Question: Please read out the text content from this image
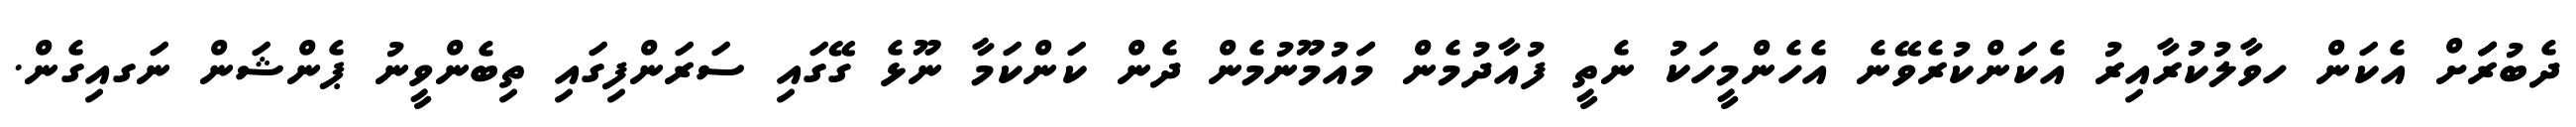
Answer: ދެބުރަަަށް އެކަން ހވާލުކުރާއިރު އެކަންކުރެވޭނެ އެހެންމީހަކު ނެތީ ފުއާދުމެން މަައުމޫނުމެން ދެން ކަންކަމާ ނޫޅެ ގޭގައި ސަރަންފިގައި ތިބެންވީނު ޕެންޝަން ނަގއިގެން.